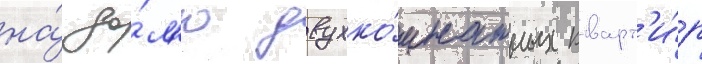
на́ до́л'ю двухко́мнатных кварт'и́р